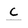
Character: c